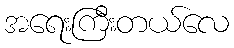
အရေးကြီးတယ်လေ